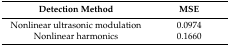
| Detection Method | MSE |
 | --- | --- |
 | Nonlinear ultrasonic modulation | 0.0974 |
 | Nonlinear harmonics | 0.1660 |